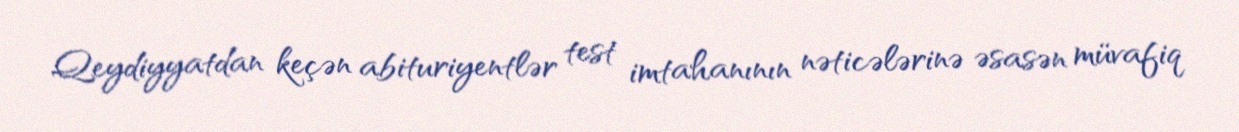
Qeydiyyatdan keçən abituriyentlər test imtahanının nəticələrinə əsasən müvafiq